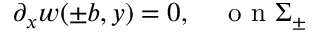
\partial _ { x } w ( \pm b , y ) = 0 , \quad \mathrm { ~ o ~ n ~ } \Sigma _ { \pm }